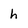
Character: h